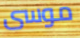
موسى